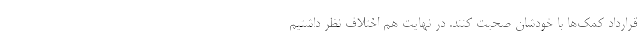
قرارداد کمک‌ها با خودشان صحبت کنند. در نهایت هم اختلاف نظر داشتیم